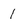
Character: 1